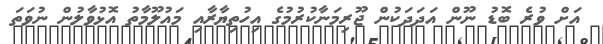
އަށް ވުރެ ބޮޑު ނޫން އަދަދަކުން ޖޫރިމަނާކުރުމުގެ އިހުތިޔާރާއި މައުލޫމާތު އޮޅުވާލުން ނުވަތަ